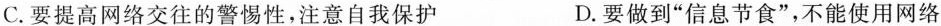
C.要提高网络交往的警惕性，注意自我保护 D.要做到”信息节食”，不能使用网络